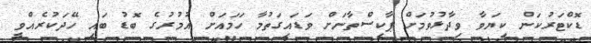
ޑޮކްޓަރުކަން ކިޔަވާ ވިދާޅުވުމަށް ޕާކިސްތާނަށް ވަޑައިގަތުމާ ހަމައަށް އުމުރުގެ ބޮޑު ބައި ހޭދަކުރެއްވީ